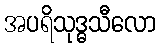
အပရိသုဒ္ဓသီလော